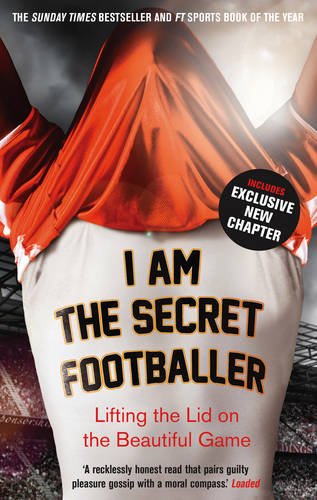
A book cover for I Am The Secret Footballer: Lifting the Lid on the Beautiful Game; Anon Anon; Biographies & Memoirs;